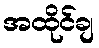
အထိုင်ချ